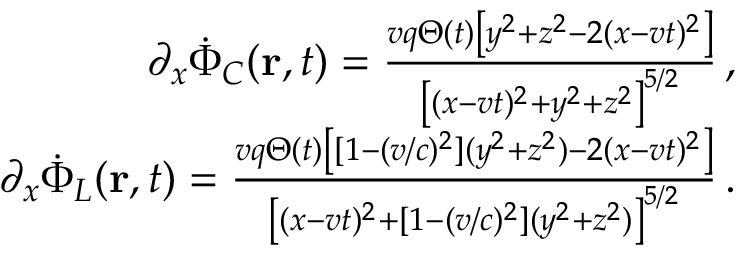
\begin{array} { r } { \partial _ { x } \Dot { \Phi } _ { C } ( { \bf r } , t ) = \frac { v q \Theta ( t ) \left[ y ^ { 2 } + z ^ { 2 } - 2 ( x - v t ) ^ { 2 } \right] } { \left[ ( x - v t ) ^ { 2 } + y ^ { 2 } + z ^ { 2 } \right] ^ { 5 / 2 } } \, , } \\ { \partial _ { x } \Dot { \Phi } _ { L } ( { \bf r } , t ) = \frac { v q \Theta ( t ) \left[ [ 1 - ( v / c ) ^ { 2 } ] ( y ^ { 2 } + z ^ { 2 } ) - 2 ( x - v t ) ^ { 2 } \right] } { \left[ ( x - v t ) ^ { 2 } + [ 1 - ( v / c ) ^ { 2 } ] ( y ^ { 2 } + z ^ { 2 } ) \right] ^ { 5 / 2 } } \, . } \end{array}